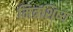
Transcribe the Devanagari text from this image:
मित्रशिष्य